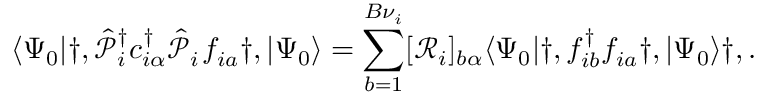
\langle \Psi _ { 0 } | \dag , \hat { \mathcal { P } } _ { i } ^ { { \dagger } } c _ { i \alpha } ^ { \dagger } \hat { \mathcal { P } } _ { i } ^ { \phantom { \dagger } } f _ { i a } ^ { \phantom { \dagger } } \dag , | \Psi _ { 0 } \rangle = \sum _ { b = 1 } ^ { B { \nu } _ { i } } [ \mathcal { R } _ { i } ] _ { b \alpha } \langle \Psi _ { 0 } | \dag , f _ { i b } ^ { \dagger } f _ { i a } ^ { \phantom { \dagger } } \dag , | \Psi _ { 0 } \rangle \dag , .